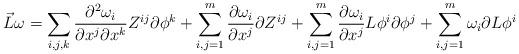
LaTeX: \begin{align*}\vec L \omega = \sum_{i,j,k}\frac{\partial^2\omega_i}{\partial x^j\partial x^k}Z^{ij} \partial\phi^k + \sum_{i,j=1}^m \frac{\partial \omega_i}{\partial x^j}\partial Z^{ij} + \sum_{i,j=1}^m \frac{\partial \omega_i}{\partial x^j} L\phi^i\partial \phi^j +\sum_{i,j=1}^m \omega_i\partial L \phi^i \end{align*}